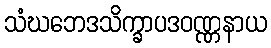
သံဃဘေဒသိက္ခာပဒဝဏ္ဏနာယ